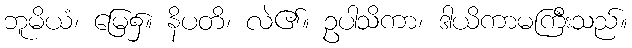
ဘူမိယံ၊ မြေ၌။ နိပတိ၊ လဲ၏။ ဥပါသိကာ၊ ဒါယိကာမကြီးသည်။